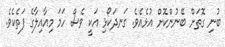
ބުނި ގޮތަށް ބޭނުންކޮށް އުޅެއެވެ. ގަނދަކޯޅި އަކީ ވެސް ހަމަ މިއާއިލާގެ ފަތެކެވެ.